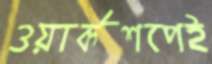
ওয়ার্কশপেই